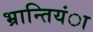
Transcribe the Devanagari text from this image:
भ्रान्तियंा